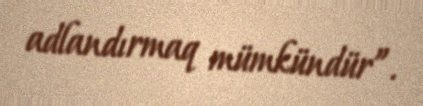
adlandırmaq mümkündür”.